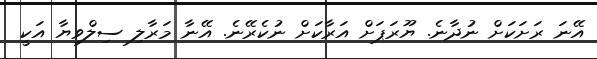
އޭނަ ރަށަކަށް ނުދާނެ. ޔޫރަޕަށް އަރާކަށް ނުކެރޭނެ. އޭނާ މަރާލި ސިލްވިޔާ އަކީ